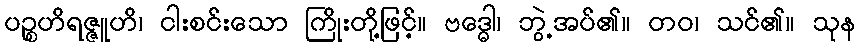
ပဉ္စဟိရဇ္ဇူဟိ၊ ငါးစင်းသော ကြိုးတို့ဖြင့်။ ဗဒ္ဓေါ၊ ဘွဲ့အပ်၏။ တဝ၊ သင်၏။ သုန